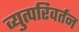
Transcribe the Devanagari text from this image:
व्युत्परिवर्तन